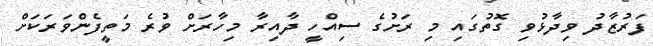
ފަރުޒާދު ވިދާޅުވި ގޮތުގައި މި ރަށުގެ ސިއްހީ ދާއިރާ މިހާރަށް ވުރެ މަތީފެންވަރަކަށް